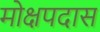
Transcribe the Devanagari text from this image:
मोक्षपदास